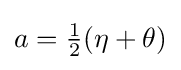
{\textstyle a={\tfrac {1}{2}}(\eta +\theta )}